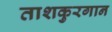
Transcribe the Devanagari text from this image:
ताशकुरगान